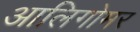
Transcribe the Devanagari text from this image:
आलिगोमर